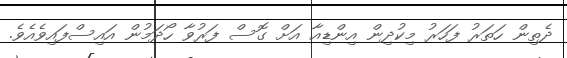
ދެތިން ހަތަރު ފަހަރު މިކުދިން އިންޑިއާ އަށް ގޮސް ފަރުވާ ހޯދަމުން އައިސްފައިވެއެވެ.